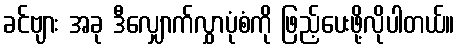
ခင်ဗျား အခု ဒီလျှောက်လွှာပုံစံကို ဖြည့်ပေးဖို့လိုပါတယ်။